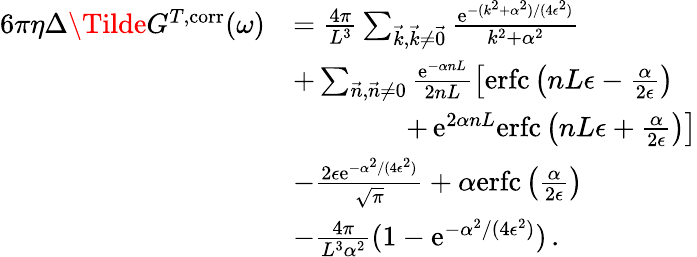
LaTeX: \begin{array}{rl}{6\pi\eta\Delta\Tilde{G}^{T,\mathrm{corr}}(\omega)}&{=\frac{4\pi}{L^{3}}\sum_{\vec{k},\vec{k}\neq\vec{0}}\frac{\mathrm{e}^{-(k^{2}+\alpha^{2})/(4\epsilon^{2})}}{k^{2}+\alpha^{2}}}\\ &{+\sum_{\vec{n},\vec{n}\neq 0}\frac{\mathrm{e}^{-\alpha nL}}{2nL}\left[\mathrm{erfc}\left(nL\epsilon-\frac{\alpha}{2\epsilon}\right)\right.}\\ &{\qquad\qquad+\left.\mathrm{e}^{2\alpha nL}\mathrm{erfc}\left(nL\epsilon+\frac{\alpha}{2\epsilon}\right)\right]}\\ &{-\frac{2\epsilon\mathrm{e}^{-\alpha^{2}/(4\epsilon^{2})}}{\sqrt{\pi}}+\alpha\mathrm{erfc}\left(\frac{\alpha}{2\epsilon}\right)}\\ &{-\frac{4\pi}{L^{3}\alpha^{2}}(1-\mathrm{e}^{-\alpha^{2}/(4\epsilon^{2})})\, .}\end{array}